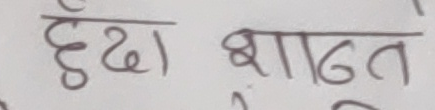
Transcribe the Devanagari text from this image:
छुदा शान्त